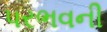
પરભવની